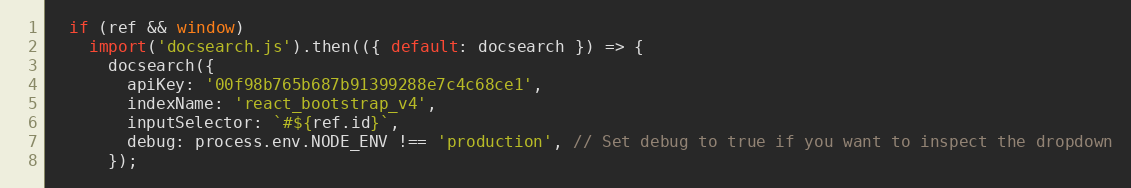
Language: JavaScript
  if (ref && window)
    import('docsearch.js').then(({ default: docsearch }) => {
      docsearch({
        apiKey: '00f98b765b687b91399288e7c4c68ce1',
        indexName: 'react_bootstrap_v4',
        inputSelector: `#${ref.id}`,
        debug: process.env.NODE_ENV !== 'production', // Set debug to true if you want to inspect the dropdown
      });